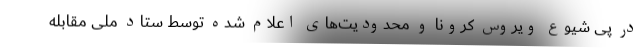
در پی شیوع ویروس کرونا و محدودیت‌های اعلام شده توسط ستاد ملی مقابله